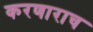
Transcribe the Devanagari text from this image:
करणाराच